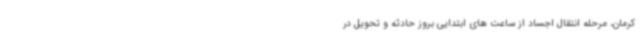
کرمان، مرحله انتقال اجساد از ساعت های ابتدایی بروز حادثه و تحویل در